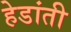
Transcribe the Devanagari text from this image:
हेडांती